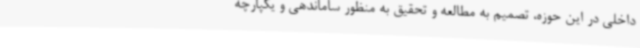
داخلی در این حوزه، تصمیم به مطالعه و تحقیق به منظور ساماندهی و یکپارچه